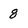
Character: 8